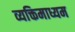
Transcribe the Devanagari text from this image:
व्यक्तिमाध्यम